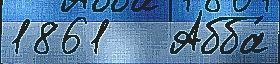
1861   Абба́